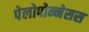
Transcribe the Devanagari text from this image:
पेलोपोन्नेसस